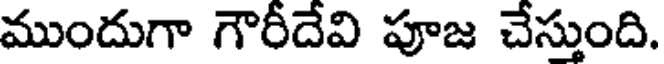
ముందుగా గౌరీదేవి పూజ చేస్తుంది.